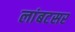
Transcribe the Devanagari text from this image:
लांबटसर